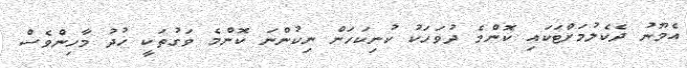
އެމޫނު ދެކެލުމަށްޓަކައި ކޮންމެ ދުވަހަކު ކުނިކަހަން ނިކުންނަ ކޮންމެ ވަގުތަކީ ޚުދު މާހިންވެސް